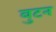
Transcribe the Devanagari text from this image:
बुटन